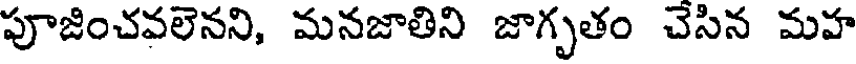
పూజించవలెనని, మనజాతిని జాగృతం చెసిన మహ